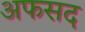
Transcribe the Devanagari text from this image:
अफसद